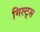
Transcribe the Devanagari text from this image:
गिल्ट्स